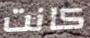
كانت